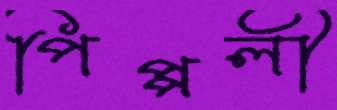
পিপ্পলী